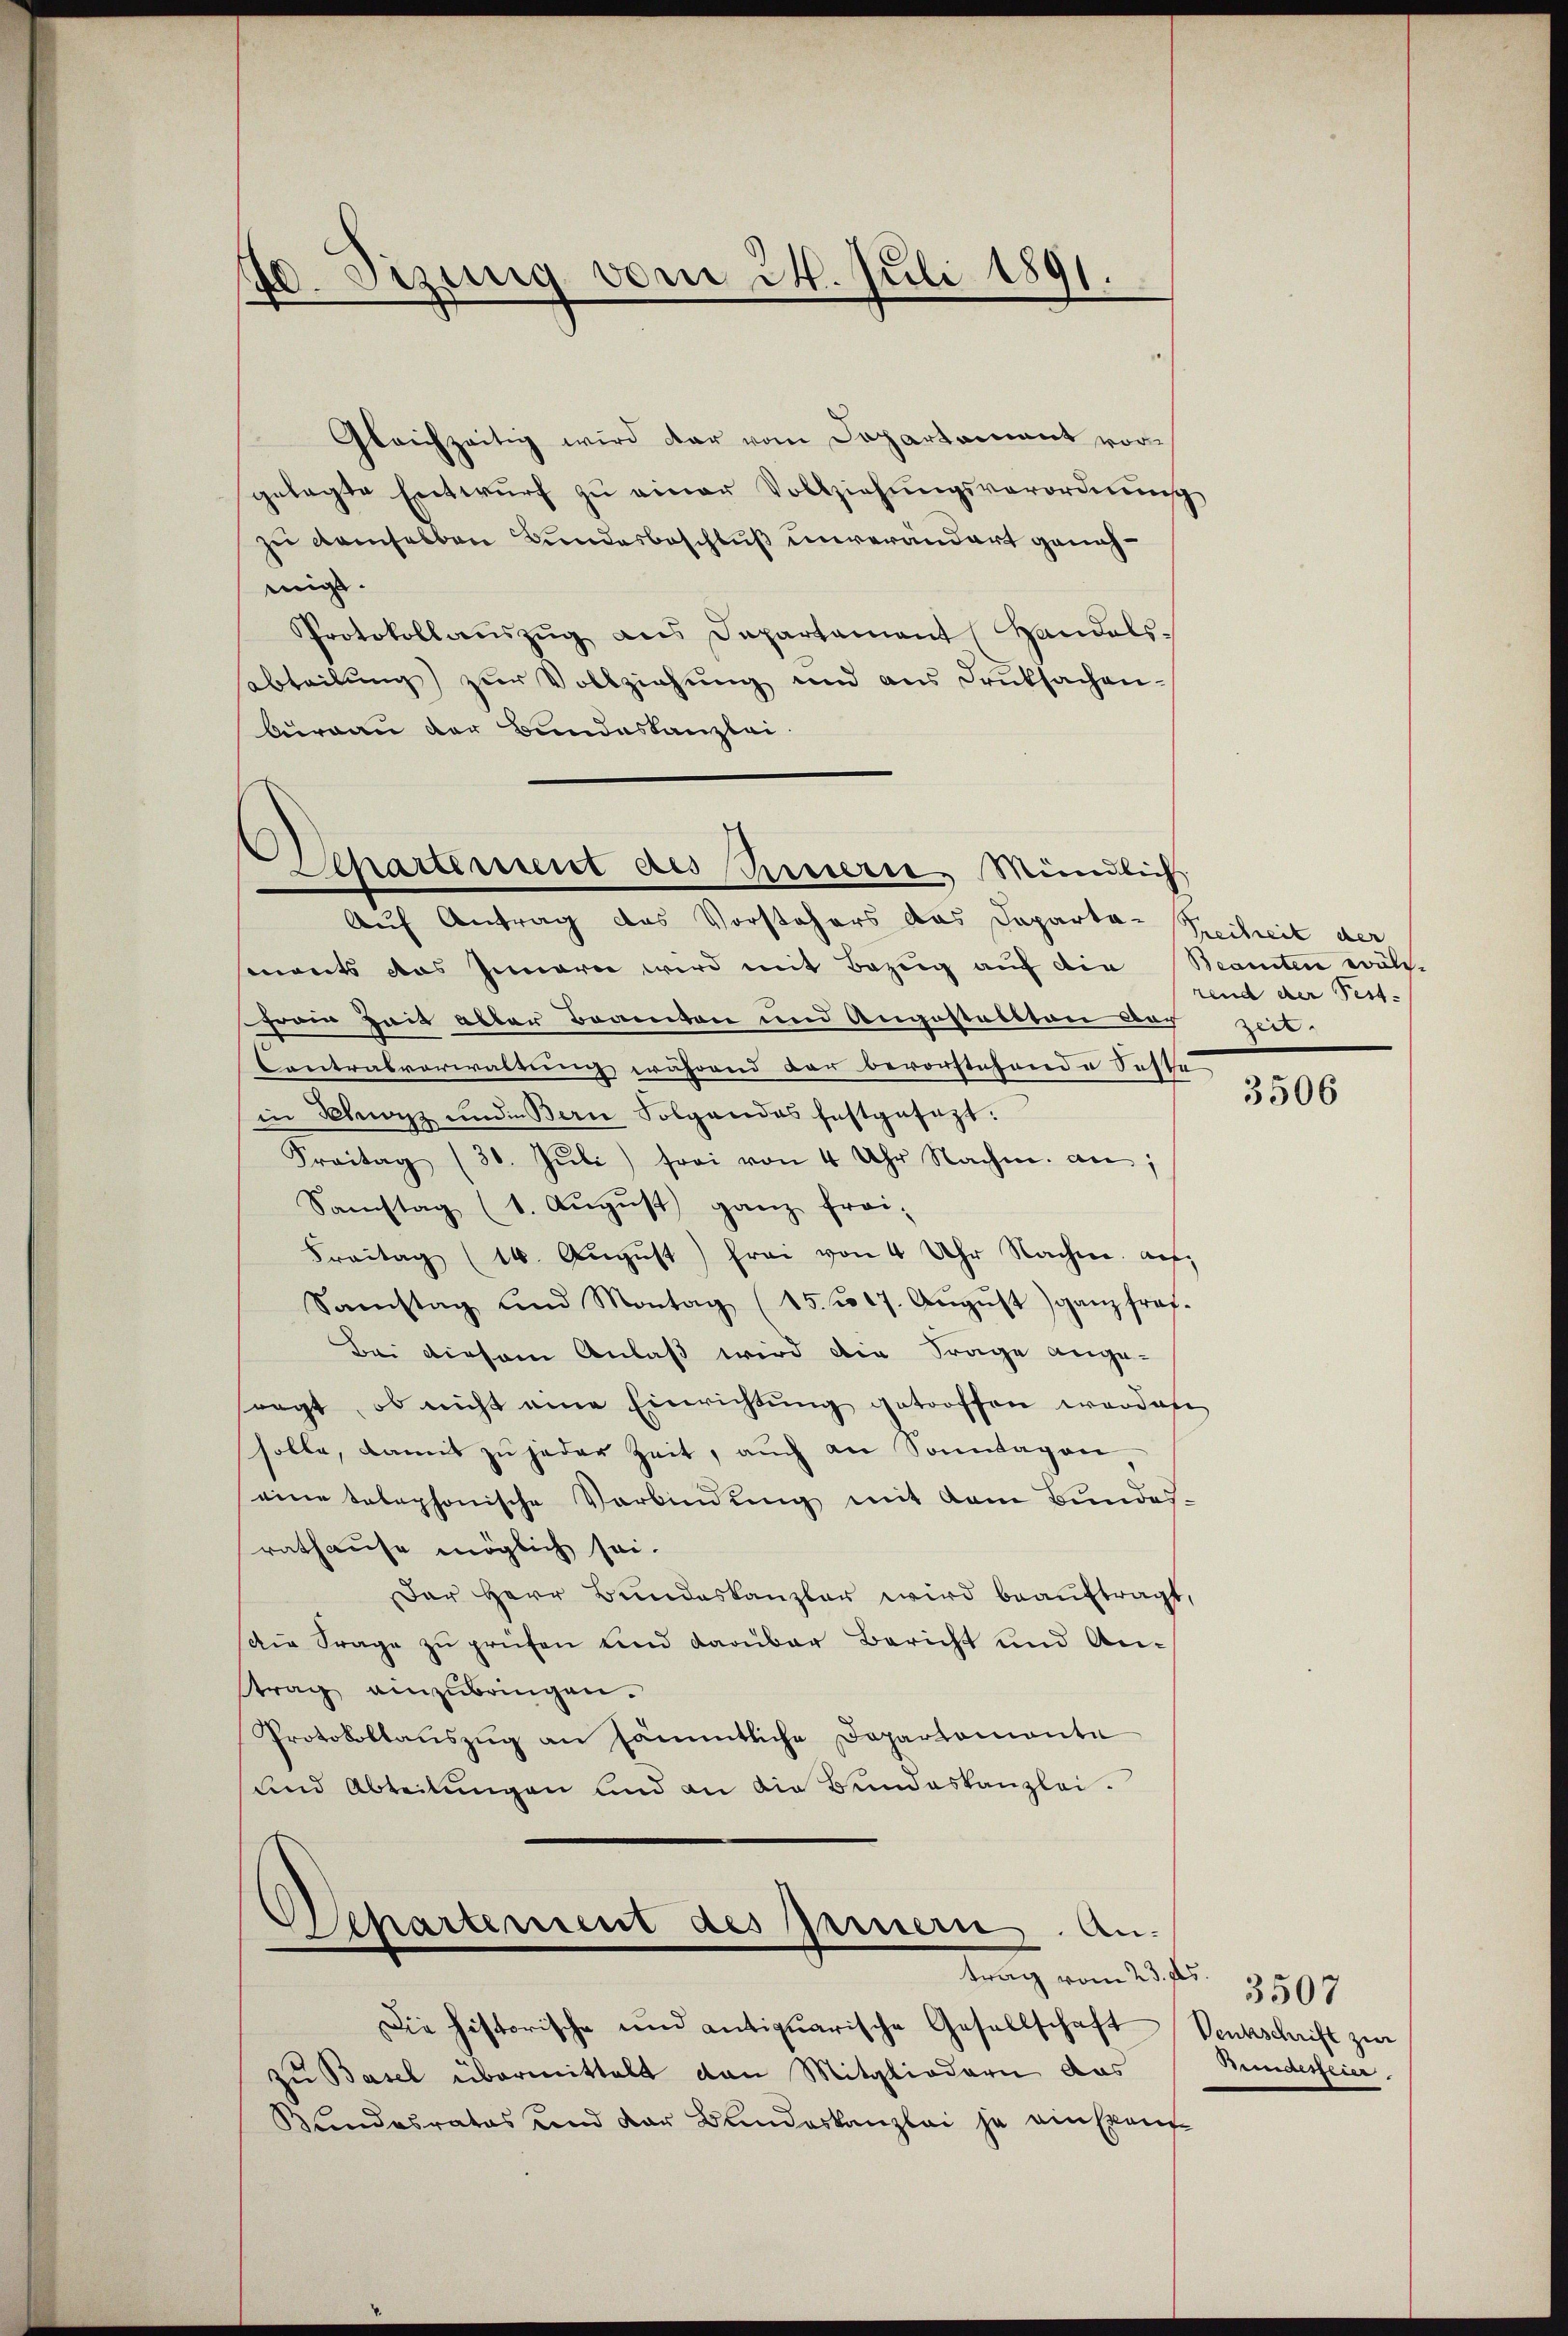
Sizinig vom 24. Juli 1891.
.

Gleichzeitig wird dar vom Departement vorgelegte Entwurf zu einer Vollziehungsverordnung
zu denselben Bundesbeschluß unverändert genehmigt.
Protokollaŭszŭg ans Departament (Handels-
sabteilung) zur Vollziehung und aus Druksachen¬
Curgau der Bundeskanzlei.

Auf Antrag des Vorstehers das Departa-Seiheit der
sents das Innerei wird mit Bezug auf die Beamten wäh-
Frain Zeit abler Beamten und Angestalten der Zeit-
Contralverwaltung während der bevorstehende Seste
in Kurz und Bern Folgendes festgesagt.
Freitag (30. Jŭli) frei von 4 Uhr Nachm. an,
Samstag (1. August) ganz frei-
Freitag (16. Aŭgŭst frei von 4 Uhr Nachm. auf,
Samstag und Montag (15. 17. Aŭgŭst ganz frof-
Bei diesem Anlaß wird die Frage ange-
ragt, ob nicht eine Einrichtŭng getroffen werden
holle, damit zu jeder Zeit, auch an Sonntagen
eine telephonische Verbindung mit dem Bundes-
rathause möglich sei.
Der Herr Bundeskanzler wird beauftragt,
Die Frage zŭ prüfen und darüber Bericht und An-
trag einzubringen.
Protokollauszug an sämmtliche Dapartemonte
und Abteilungen und an die Bundeskanzlei.
Separtement des Innern An-
trag vom 23. Fr. 3507
Die historische und antiquarische Gesellschaft Venkschrift zur
zu Basel übermittelt von Mitgliedern das
Bundesrates und der Bundeskanzlei ja ein kan

Departement des Innerie, Mündlich

rend der Fest-

3506

Amaessfeier